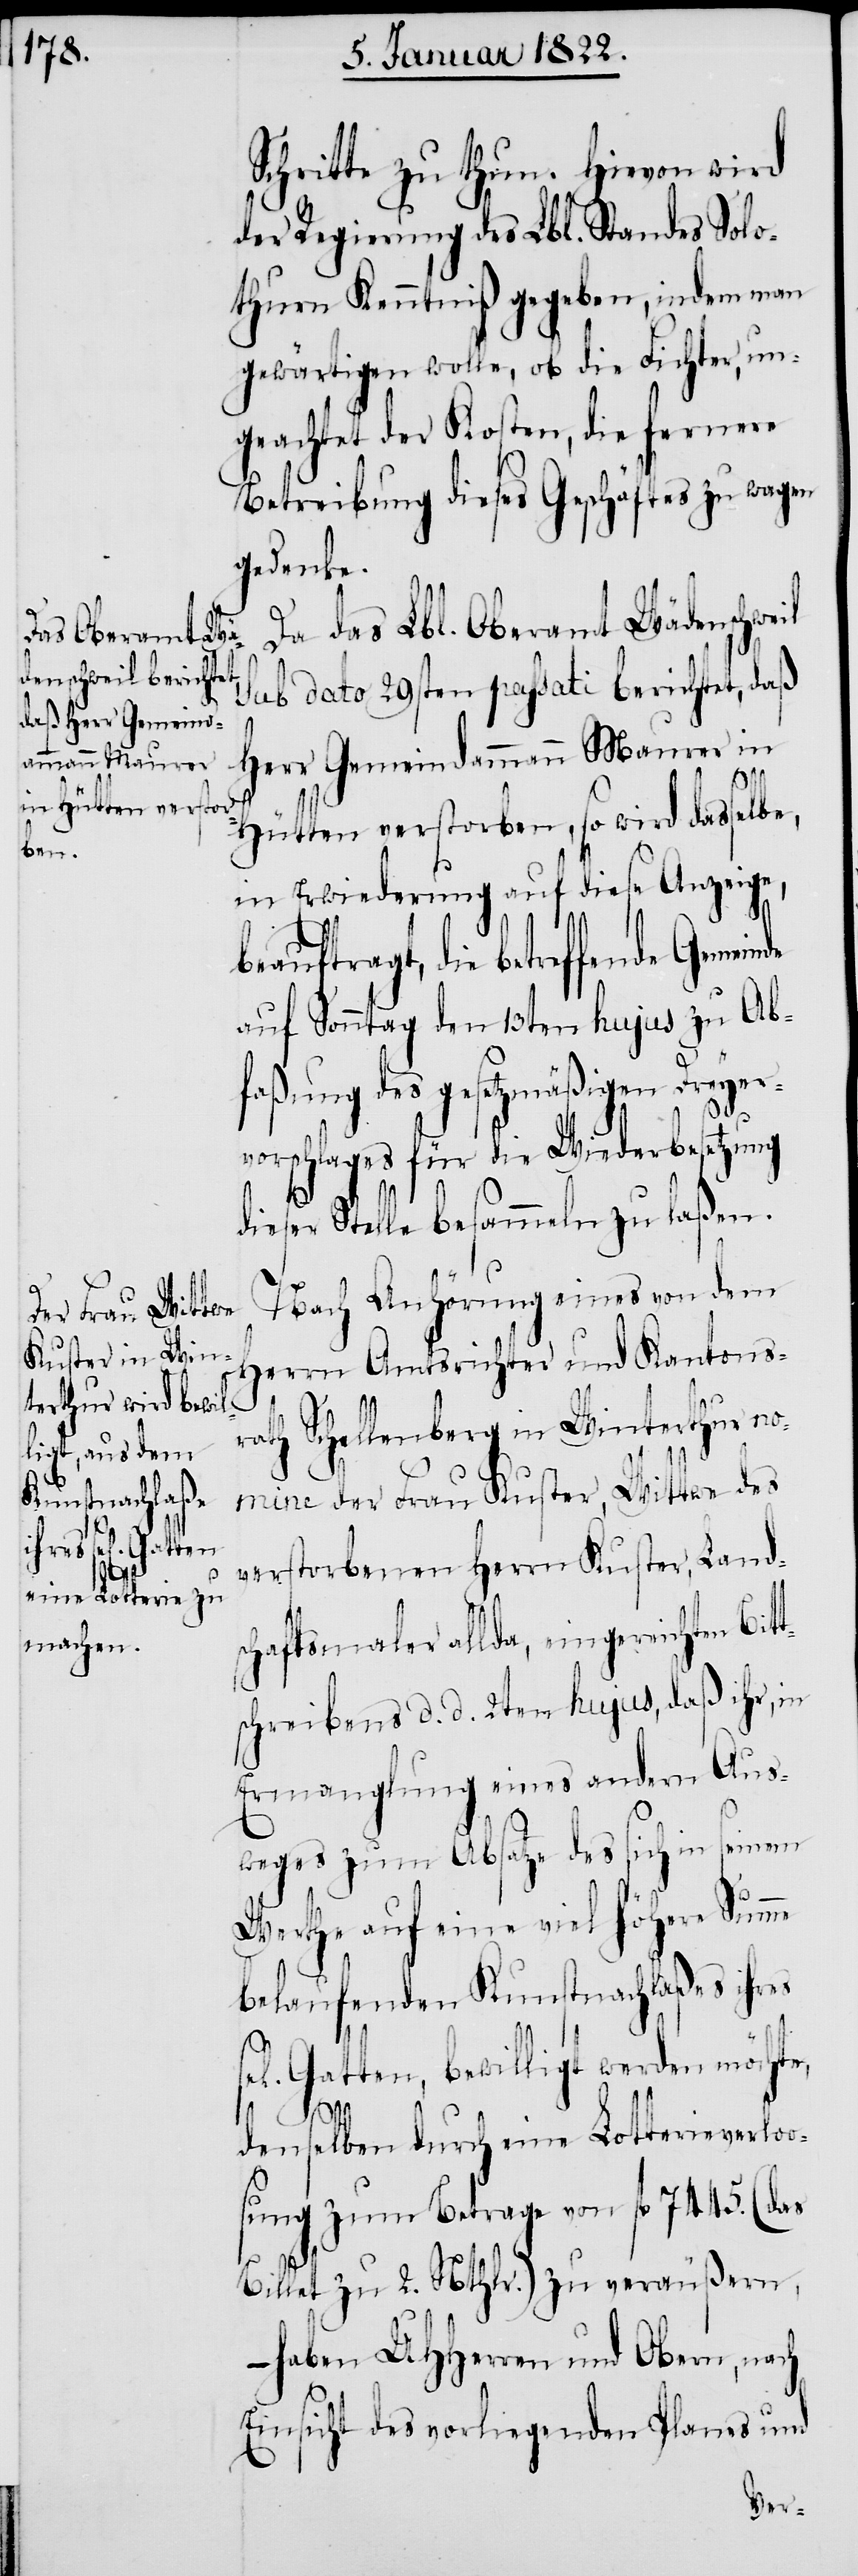
Schritte zu thun. Hievon wird
der Regierung des Lbl. Standes Solo¬
thurn Kenntniß gegeben, indem man
gewärtigen wolle, ob die Fichter, un¬
geachtet der Kosten, die fernere
Betreibung dieses Geschäftes zu wagen
gedenke.
Da das Lbl. Oberamt Wädenschweil
sub dato 29sten passati berichtet, daß
Herr Gemeindammann Maurer in
Hütten verstorben, so wird dasselbe
in Erwiederung auf diese Anzeige,
beauftragt, die betreffende
auf Sonntag den 13ten hujus zu Ab¬
faßung des gesetzmäßigen Dreyer¬
vorschlages für die Wiederbesetzung
dieser Stelle besammeln zu laßen.
Nach Anhörung eines von dem
Herrn Amtsrichter und Kantons¬
rath Schellenberg in Winterthur
nomine der Frau Kuster, Wittwe des
verstorbenen Herrn Kuster, Land¬
t¬
schaftsmaler allda, eingereichten Bit¬
schreibens d. d. 2ten hujus, daß ihr, in
Ermangelung eines andern Aus¬
weges zum Absatze des sich in seinem
Werthe auf eine viel Höhere Summe
belaufenden Kunstnachlaßes ihres
Gatten, bewilligt werden möchte,
denselben durch eine Lotterieverloo¬
sung zum Betrage von Frk[en]. 7445.
Billet zu 2. Nthlr.) zu veräußern,
– haben UHHerren und Obern, nach
Einsicht des vorliegenden Planes und